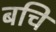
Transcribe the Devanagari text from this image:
बचि